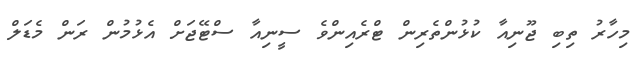
މިހާރު ތިބި ޖޫނިއާ ކުޅުންތެރިން ޓްރެއިންވެ ސީނިއާ ސްޓޭޖަށް އެޅުމުން ރަން މެޑަލް